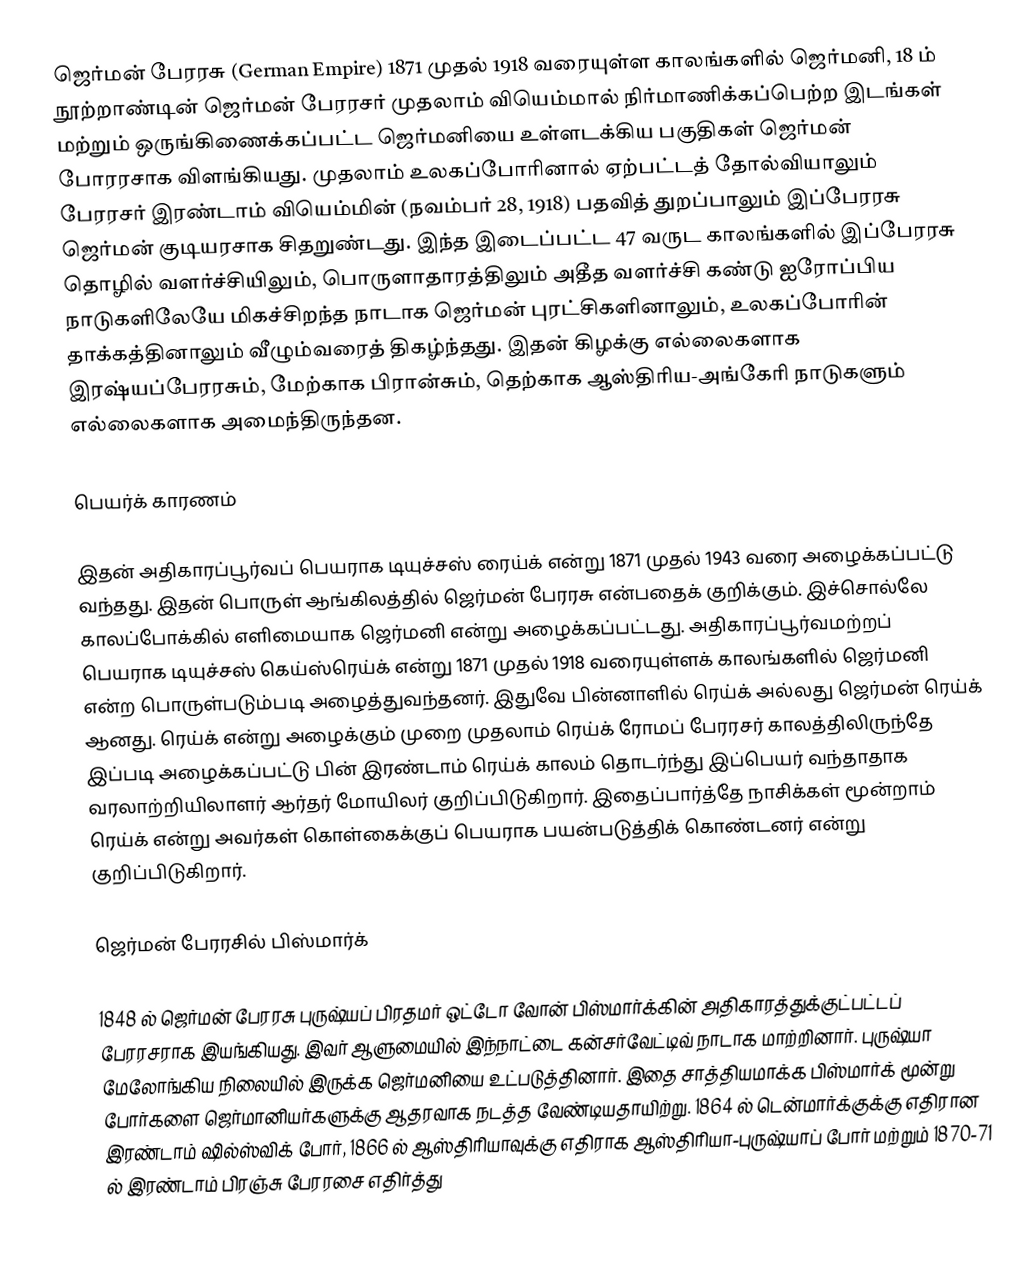
ஜெர்மன் பேரரசு (German Empire) 1871 முதல் 1918 வரையுள்ள காலங்களில் ஜெர்மனி, 18 ம் நூற்றாண்டின் ஜெர்மன் பேரரசர் முதலாம் வியெம்மால் நிர்மாணிக்கப்பெற்ற இடங்கள் மற்றும் ஒருங்கிணைக்கப்பட்ட ஜெர்மனியை உள்ளடக்கிய பகுதிகள் ஜெர்மன் போரரசாக விளங்கியது. முதலாம் உலகப்போரினால் ஏற்பட்டத் தோல்வியாலும் பேரரசர் இரண்டாம் வியெம்மின்  (நவம்பர் 28, 1918) பதவித் துறப்பாலும் இப்பேரரசு ஜெர்மன் குடியரசாக சிதறுண்டது. இந்த இடைப்பட்ட 47 வருட காலங்களில் இப்பேரரசு தொழில் வளர்ச்சியிலும், பொருளாதாரத்திலும் அதீத வளர்ச்சி கண்டு ஐரோப்பிய நாடுகளிலேயே மிகச்சிறந்த நாடாக ஜெர்மன் புரட்சிகளினாலும், உலகப்போரின் தாக்கத்தினாலும் வீழும்வரைத் திகழ்ந்தது. இதன் கிழக்கு எல்லைகளாக இரஷ்யப்பேரரசும், மேற்காக பிரான்சும், தெற்காக ஆஸ்திரிய-அங்கேரி நாடுகளும் எல்லைகளாக அமைந்திருந்தன.

பெயர்க் காரணம்

இதன் அதிகாரப்பூர்வப் பெயராக டியுச்சஸ் ரைய்க் என்று 1871 முதல் 1943 வரை அழைக்கப்பட்டு வந்தது. இதன் பொருள் ஆங்கிலத்தில் ஜெர்மன் பேரரசு என்பதைக் குறிக்கும். இச்சொல்லே காலப்போக்கில் எளிமையாக ஜெர்மனி என்று அழைக்கப்பட்டது. அதிகாரப்பூர்வமற்றப் பெயராக டியுச்சஸ் கெய்ஸ்ரெய்க் என்று 1871 முதல் 1918 வரையுள்ளக் காலங்களில் ஜெர்மனி என்ற பொருள்படும்படி அழைத்துவந்தனர். இதுவே பின்னாளில் ரெய்க் அல்லது ஜெர்மன் ரெய்க் ஆனது. ரெய்க் என்று அழைக்கும் முறை முதலாம் ரெய்க் ரோமப் பேரரசர் காலத்திலிருந்தே இப்படி அழைக்கப்பட்டு பின் இரண்டாம் ரெய்க் காலம் தொடர்ந்து இப்பெயர் வந்தாதாக வரலாற்றியிலாளர் ஆர்தர் மோயிலர் குறிப்பிடுகிறார். இதைப்பார்த்தே நாசிக்கள் மூன்றாம் ரெய்க் என்று அவர்கள் கொள்கைக்குப் பெயராக பயன்படுத்திக் கொண்டனர் என்று குறிப்பிடுகிறார்.

ஜெர்மன் பேரரசில் பிஸ்மார்க்

1848 ல் ஜெர்மன் பேரரசு புருஷ்யப் பிரதமர்  ஒட்டோ வோன் பிஸ்மார்க்கின் அதிகாரத்துக்குட்பட்டப் பேரரசராக இயங்கியது. இவர் ஆளுமையில் இந்நாட்டை கன்சர்வேட்டிவ் நாடாக மாற்றினார். புருஷ்யா மேலோங்கிய நிலையில் இருக்க ஜெர்மனியை உட்படுத்தினார். இதை சாத்தியமாக்க பிஸ்மார்க் மூன்று போர்களை ஜெர்மானியர்களுக்கு ஆதரவாக நடத்த வேண்டியதாயிற்று. 1864 ல் டென்மார்க்குக்கு எதிரான இரண்டாம் ஷில்ஸ்விக் போர், 1866 ல் ஆஸ்திரியாவுக்கு எதிராக ஆஸ்திரியா-புருஷ்யாப் போர் மற்றும் 1870-71 ல் இரண்டாம் பிரஞ்சு பேரரசை எதிர்த்து